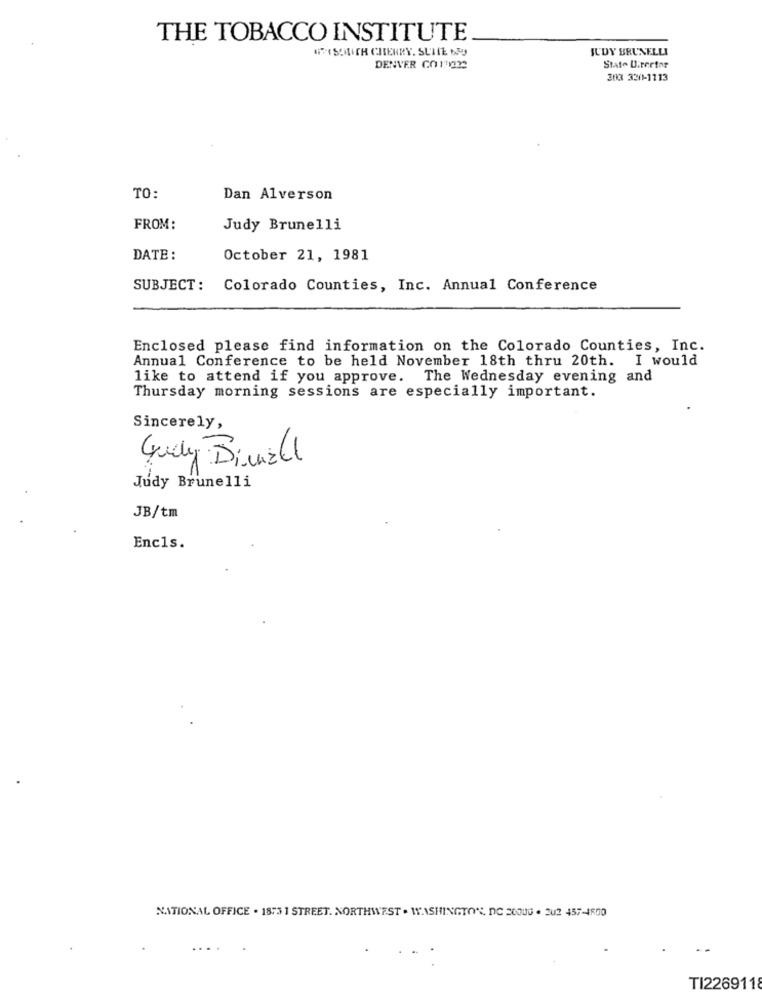
THE TOBACCO INSTITUTE
#MESOLITH CHENRY. SUITE NO
JUDY BRUNELLI
DENVER COTON
State Ulterior
303 330-1113
TO:
Dan Alverson
FROM:
Judy Brunelli
DATE :
October 21, 1981
SUBJECT: Colorado Counties, Inc. Annual Conference
Enclosed please find information on the Colorado Counties, Inc.
Annual Conference to be held November 18th thru 20th. I would
like to attend if you approve. The Wednesday evening and
Thursday morning sessions are especially important.
Sincerely,
Guly Binall
Judy Brunelli
JB/tm
Encls.
NATIONAL OFFICE . 1873 1 STREET. NORTHWEST . WASHINGTON, DC 20006 . 202 457-4800
TI2269118